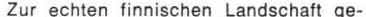
Zur echten finnischen Landschaft ge-